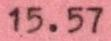
15.57